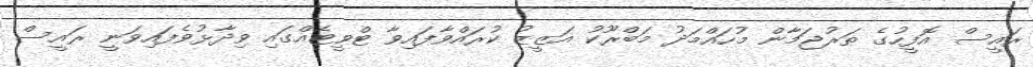
ރައީސް އޮފީހުގެ ތަރުޖަމާން މުހައްމަދު މަބްރޫކު އަޒީޒު ކުރައްވާފައިވާ ޓްވީޓެއްގައި ވިދާޅުވެފައިވަނީ ރައީސް